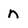
Character: n